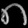
Digit: ၈